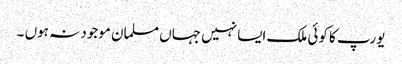
یورپ کا کوئی ملک ایسا نہیں جہاں مسلمان موجود نہ ہوں ۔